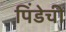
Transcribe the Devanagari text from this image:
पिंडेची